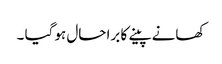
کھانے پینے کا برا حال ہو گیا ۔